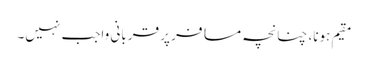
مقیم ہونا، چنانچہ مسافر پر قربانی واجب نہیں۔